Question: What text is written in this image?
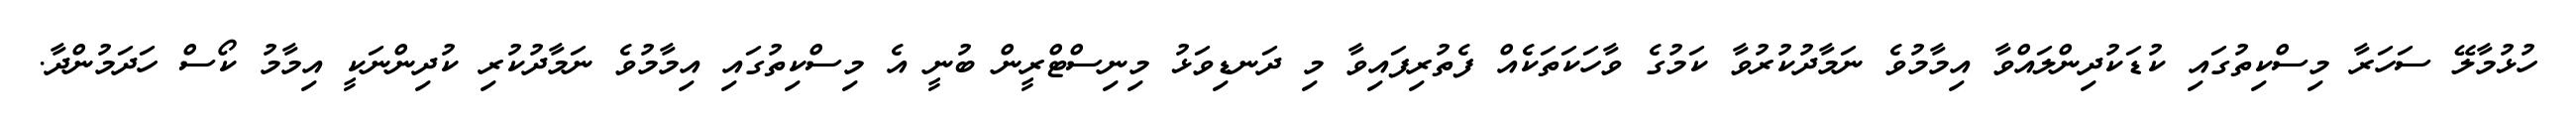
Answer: ހުޅުމާލޭ ސަހަރާ މިސްކިތުގައި ކުޑަކުދިންލައްވާ އިމާމުވެ ނަމާދުކުރުވާ ކަމުގެ ވާހަކަތަކެއް ފެތުރިފައިވާ މި ދަނޑިވަޅު މިނިސްޓްރީން ބުނީ އެ މިސްކިތުގައި އިމާމުވެ ނަމާދުކުރި ކުދިންނަކީ އިމާމު ކޯސް ހަދަމުންދާ.